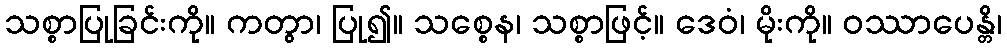
သစ္စာပြုခြင်းကို။ ကတွာ၊ ပြု၍။ သစ္စေန၊ သစ္စာဖြင့်။ ဒေဝံ၊ မိုးကို။ ဝဿာပေန္တိ၊